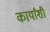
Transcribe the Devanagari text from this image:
कार्यांशी